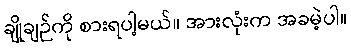
ချိုချဉ်ကို စားရပါ့မယ်။ အားလုံးက အခမဲ့ပါ။